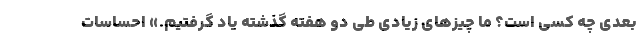
بعدی چه کسی است؟ ما چیزهای زیادی طی دو هفته گذشته یاد گرفتیم.» احساسات